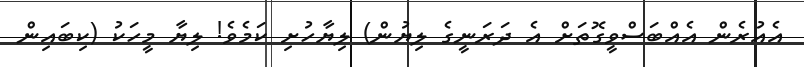
އެއުރެން އެއްބަސްވީގޮތަށް އެ ދަރަނީގެ ލިޔުން) ލިޔާހުށި ކަމެވެ! ލިޔާ މީހަކު (ކިބައިން